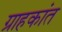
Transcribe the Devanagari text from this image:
ग्राहकांत